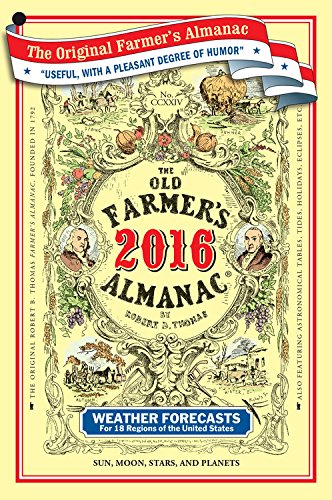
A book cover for The Old Farmer's Almanac 2016; Old FarmerEEs Almanac; Science & Math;